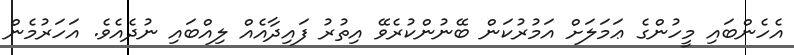
އެހެންބައި މީހުންގެ ޢަމަލަށް އަމުރުކަން ބޭނުންކުރެވޭ އިތުރު ފައިދާއެއް ލިއްބައި ނުދެއެވެ. އަހަރުމެން